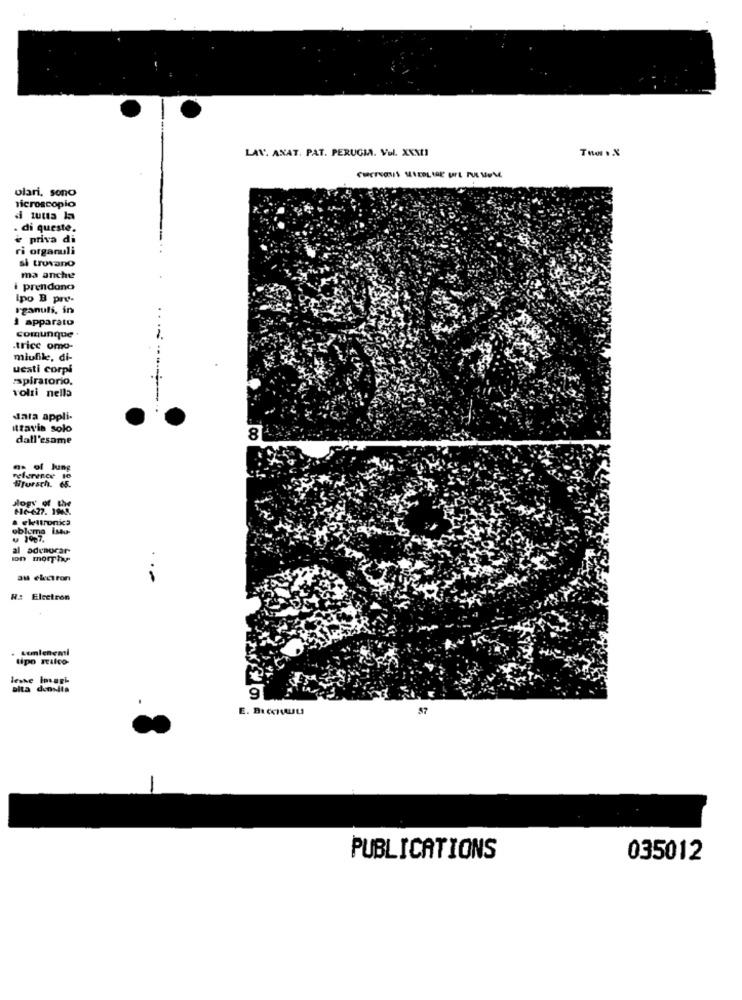
LAV. ANAT. PAT. PERUGIA. Vol. XXXII
olari, sono
microscopio
di tutta la
. di queste.
e priva di
ri organuli
si trovano
ma anche
i prendano
Ipo B pre-
Iganuli, in
1 apparato
comunque
.trice omo-
miufile, di-
uesti corpi
aspiratorio.
volti nella
data appli
ittavis solo
dall'esame
8
a. of Jung
reference 16
#forsch. 65.
#16-627. 190℃.
· ekutronica
oblome (Mu-
u 1907.
al adenocar-
an electron
N: Electron
sunlenemi
tipo stilco-
leshe imagi
alta densdla
9
47
-
PUBLICATIONS
035012